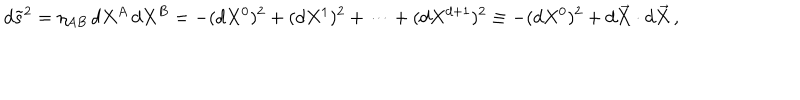
LaTeX: d \tilde { s } ^ { 2 } = \eta _ { A B } \, d X ^ { A } \, d X ^ { B } = - ( d X ^ { 0 } ) ^ { 2 } + ( d X ^ { 1 } ) ^ { 2 } + \dots + ( d X ^ { d + 1 } ) ^ { 2 } \equiv - ( d X ^ { 0 } ) ^ { 2 } + d \vec { X } \cdot d \vec { X } \, ,